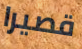
قصيرا